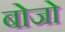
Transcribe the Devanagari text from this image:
बोजो